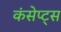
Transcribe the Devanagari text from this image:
कंसेप्ट्स